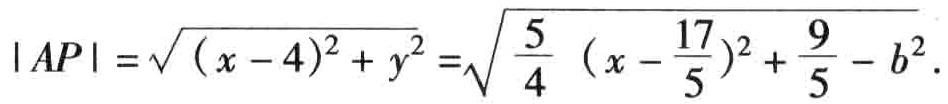
\(|AP|=\sqrt{(x - 4)^2 + y^2}=\sqrt{\frac{5}{4}(x - \frac{17}{5})^2+\frac{9}{5}-b^2}.\)